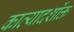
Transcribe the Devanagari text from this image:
काव्यादर्शोक्त